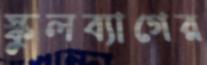
স্কুলব্যাগের